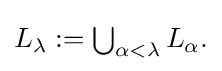
{\textstyle L_{\lambda }:=\bigcup _{\alpha <\lambda }L_{\alpha }.}